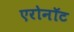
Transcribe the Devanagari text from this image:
एरोनॉट